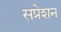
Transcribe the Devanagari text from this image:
सप्रेशन